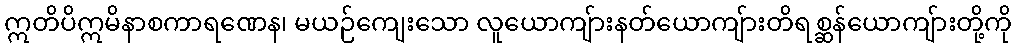
ဣတိပိဣမိနာစကာရဏေန၊ မယဉ်ကျေးသော လူယောကျ်ားနတ်ယောကျ်ားတိရစ္ဆန်ယောကျ်ားတို့ကို